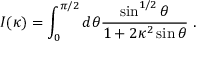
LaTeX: I ( \kappa ) = \int _ { 0 } ^ { \pi / 2 } d \theta { \frac { \sin ^ { 1 / 2 } \theta } { 1 + 2 \kappa ^ { 2 } \sin \theta } } \ .